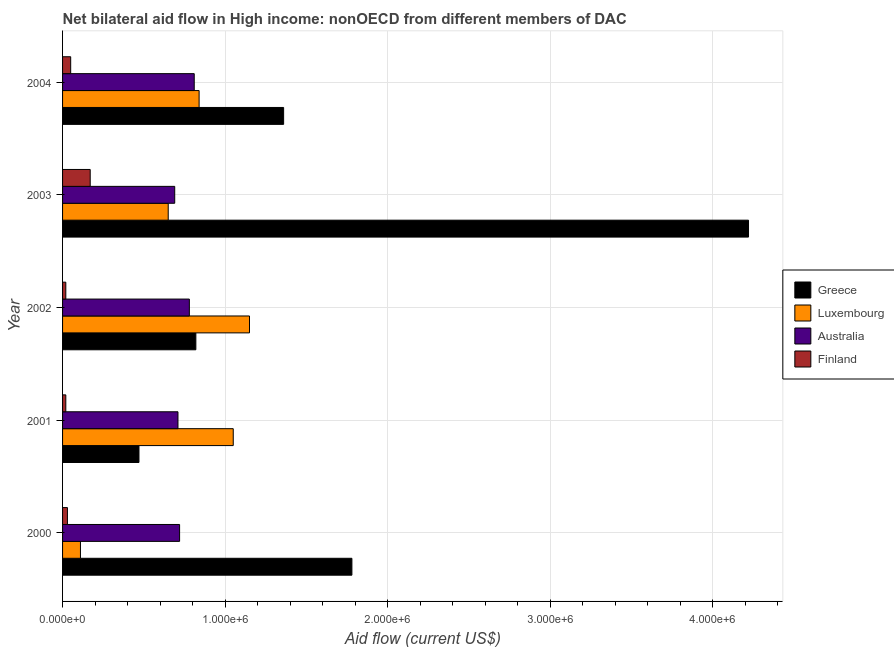
| Year | Greece | Luxembourg | Australia | Finland |
 | --- | --- | --- | --- | --- |
 | 2000 | 1.78e+06 | 1.1e+05 | 7.2e+05 | 3e+04 |
 | 2001 | 4.7e+05 | 1.05e+06 | 7.1e+05 | 2e+04 |
 | 2002 | 8.2e+05 | 1.15e+06 | 7.8e+05 | 2e+04 |
 | 2003 | 4.22e+06 | 6.5e+05 | 6.9e+05 | 1.7e+05 |
 | 2004 | 1.36e+06 | 8.4e+05 | 8.1e+05 | 5e+04 |